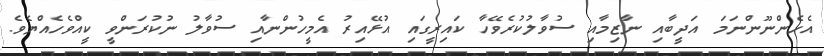
އެހެންނޫންނަމަ އަދީބާއި ނާޒިމާއި ސުވާލުކުރެވޭހާ ކައިރީގައި އުޅޭއިރު އެމީހުންނާއި ސުވާލު ނުކުރަންވީ ކީއްވެހެއްޔެވެ.